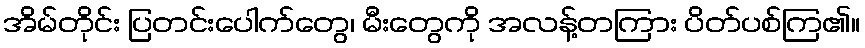
အိမ်တိုင်း ပြတင်းပေါက်တွေ၊ မီးတွေကို အလန့်တကြား ပိတ်ပစ်ကြ၏။